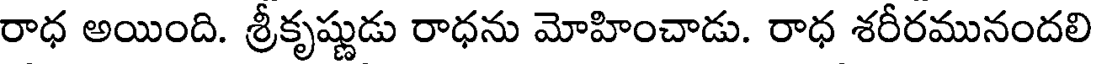
రాధ అయింది. శ్రీకృష్ణుడు రాధను మోహించాడు. రాధ శరీరమునందలి